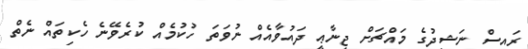
ރައީސް ނަޝީދުގެ މައްޗަށް ޖިނާޢީ ދައުވާއެއް ނުވަތަ ހުކުމެއް ކުރެވޭނެ ހެކިތައް ނެތް